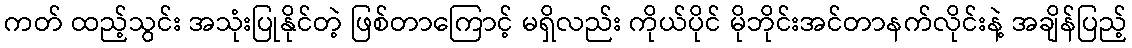
ကတ် ထည့်သွင်း အသုံးပြုနိုင်တဲ့ ဖြစ်တာကြောင့် မရှိလည်း ကိုယ်ပိုင် မိုဘိုင်းအင်တာနက်လိုင်းနဲ့ အချိန်ပြည့်